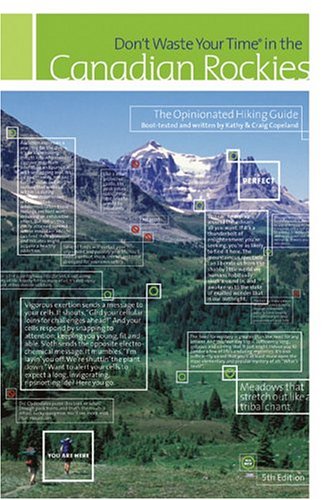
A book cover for Don't Waste Your Time in the Canadian Rockies: The Opinionated Hiking Guide; Kathy Copeland; Science & Math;